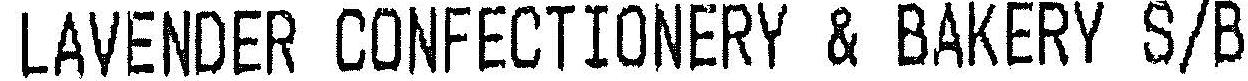
LAVENDER CONFECTIONERY & BAKERY S/B